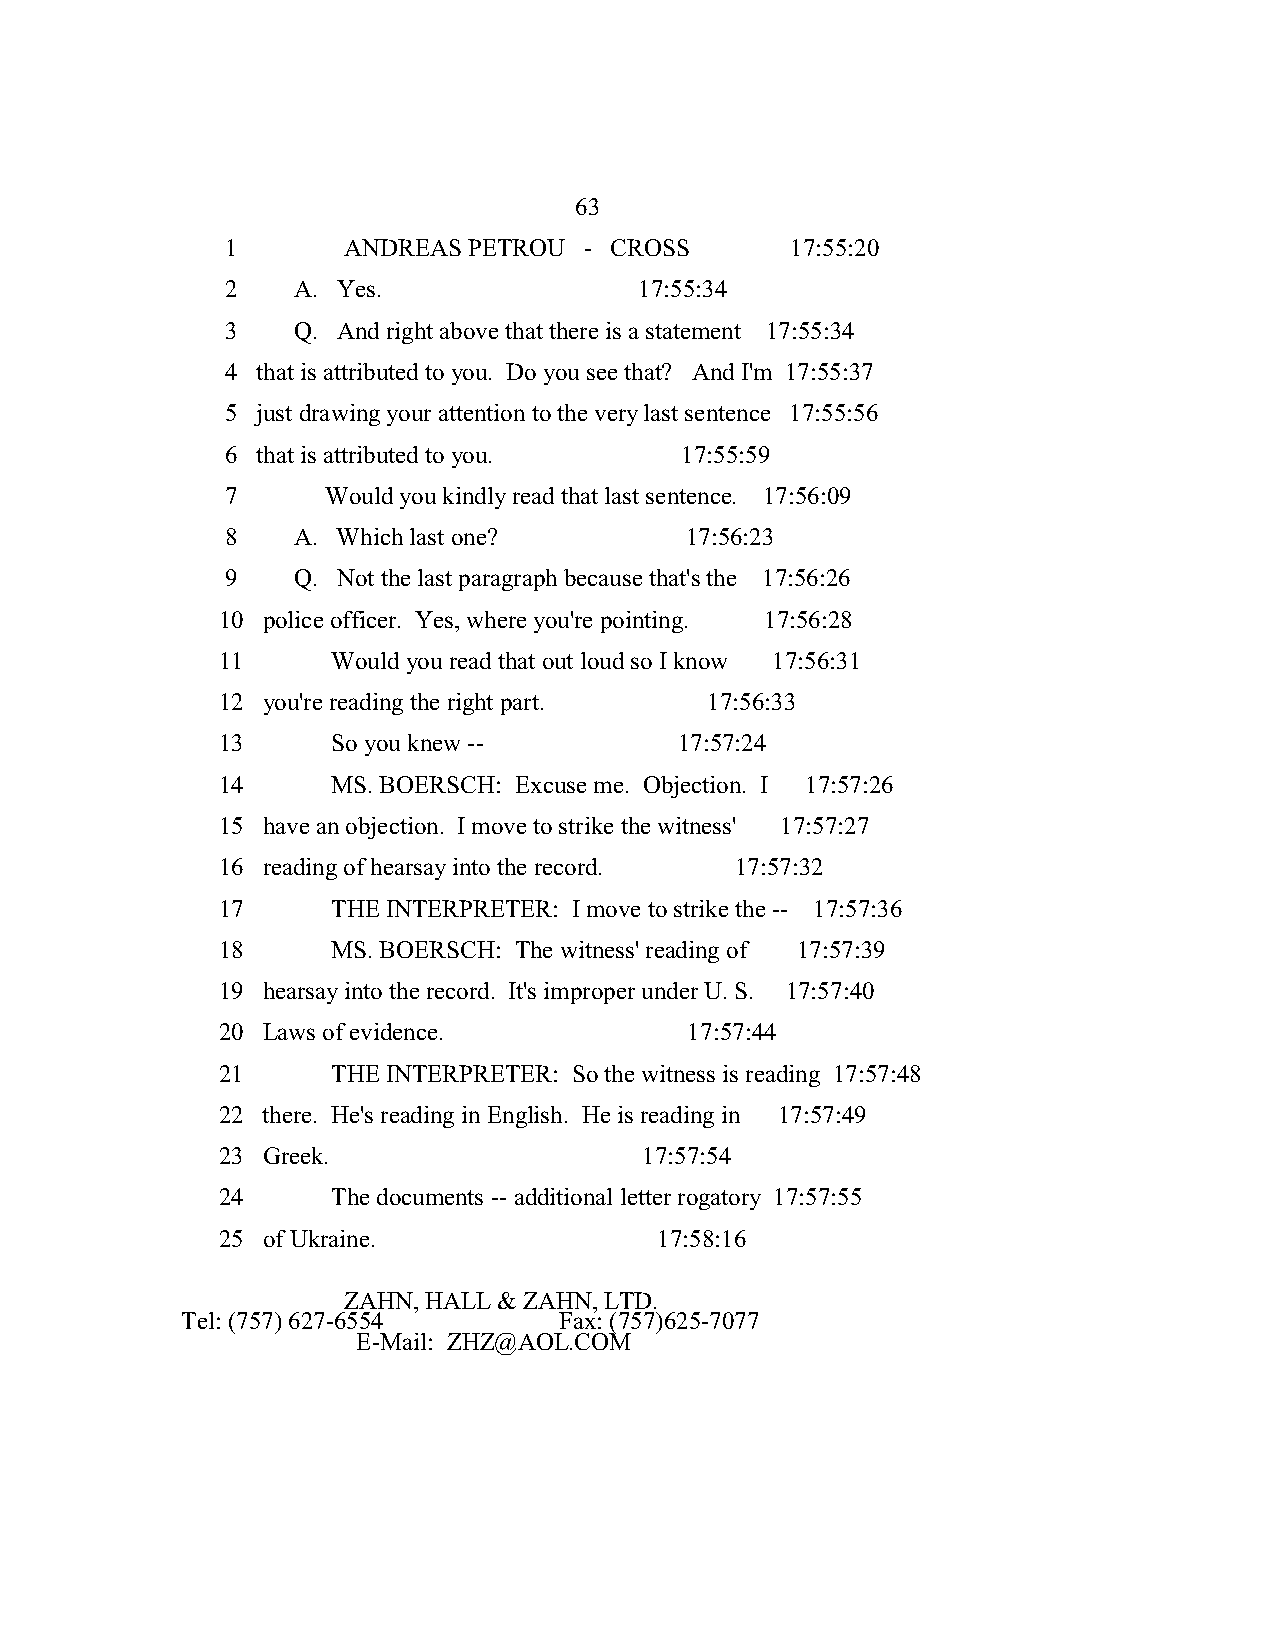
63
 1       ANDREAS PETROU  - CROSS      17:55:20
 2   A. Yes.                17:55:34
 3   Q. And right above that there is a statement 17:55:34
 4 that is attributed to you. Do you see that? And I'm 17:55:37
 5 just drawing your attention to the very last sentence 17:55:56
 6 that is attributed to you.  17:55:59
 7      Would you kindly read that last sentence. 17:56:09
 8   A. Which last one?        17:56:23
 9   Q. Not the last paragraph because that's the 17:56:26
 10 police officer. Yes, where you're pointing. 17:56:28
 11      Would you read that out loud so I know 17:56:31
 12 you're reading the right part. 17:56:33
 13      So you knew --         17:57:24
 14      MS. BOERSCH: Excuse me. Objection. I 17:57:26
 15 have an objection. I move to strike the witness' 17:57:27
 16 reading of hearsay into the record. 17:57:32
 17      THE INTERPRETER: I move to strike the -- 17:57:36
 18      MS. BOERSCH: The witness' reading of 17:57:39
 19 hearsay into the record. It's improper under U. S. 17:57:40
 20 Laws of evidence.            17:57:44
 21      THE INTERPRETER: So the witness is reading 17:57:48
 22 there. He's reading in English. He is reading in 17:57:49
 23 Greek.                    17:57:54
 24      The documents -- additional letter rogatory 17:57:55
 25 of Ukraine.                17:58:16
 ZAHN, HALL & ZAHN, LTD.
 Tel: (757) 627-6554      Fax: (757)625-7077
 E-Mail: ZHZ@AOL.COM